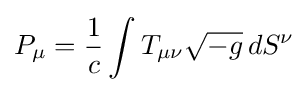
P_{\mu }={\frac {1}{c}}\int T_{\mu \nu }{\sqrt {-g}}\,dS^{\nu }